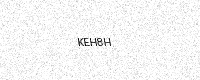
Text: KEH8H